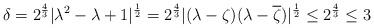
LaTeX: \begin{align*}\delta= 2^{\frac43}|\lambda^2 - \lambda +1|^{\frac12} =2^{\frac43}|(\lambda-\zeta)(\lambda-\overline{\zeta})|^{\frac12}\leq 2^{\frac43}\leq 3\end{align*}